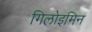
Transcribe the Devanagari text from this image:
गिलोइमिन